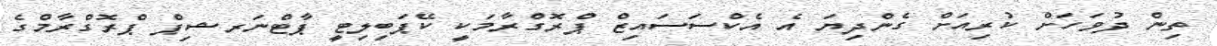
ތިން ދުވަހަށް ކުރިއަށް ގެންދިޔަ އެ އެކްސަސައިޒް ޕްރޮގްރާމަކީ ކޭޕަބިލިޓީ ޕާޓްނަރޝިޕް ޕްރޮގްރާމްގެ